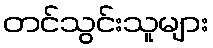
တင်သွင်းသူများ